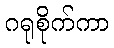
ဂရုစိုက်ကာ